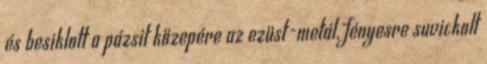
és besiklott a pázsit közepére az ezüst-metál, fényesre suvickolt